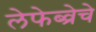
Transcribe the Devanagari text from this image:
लेफेब्व्रेचे